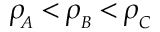
\rho \! _ { _ A } \, { < } \, \rho _ { _ B } \, { < } \, \rho _ { _ C }